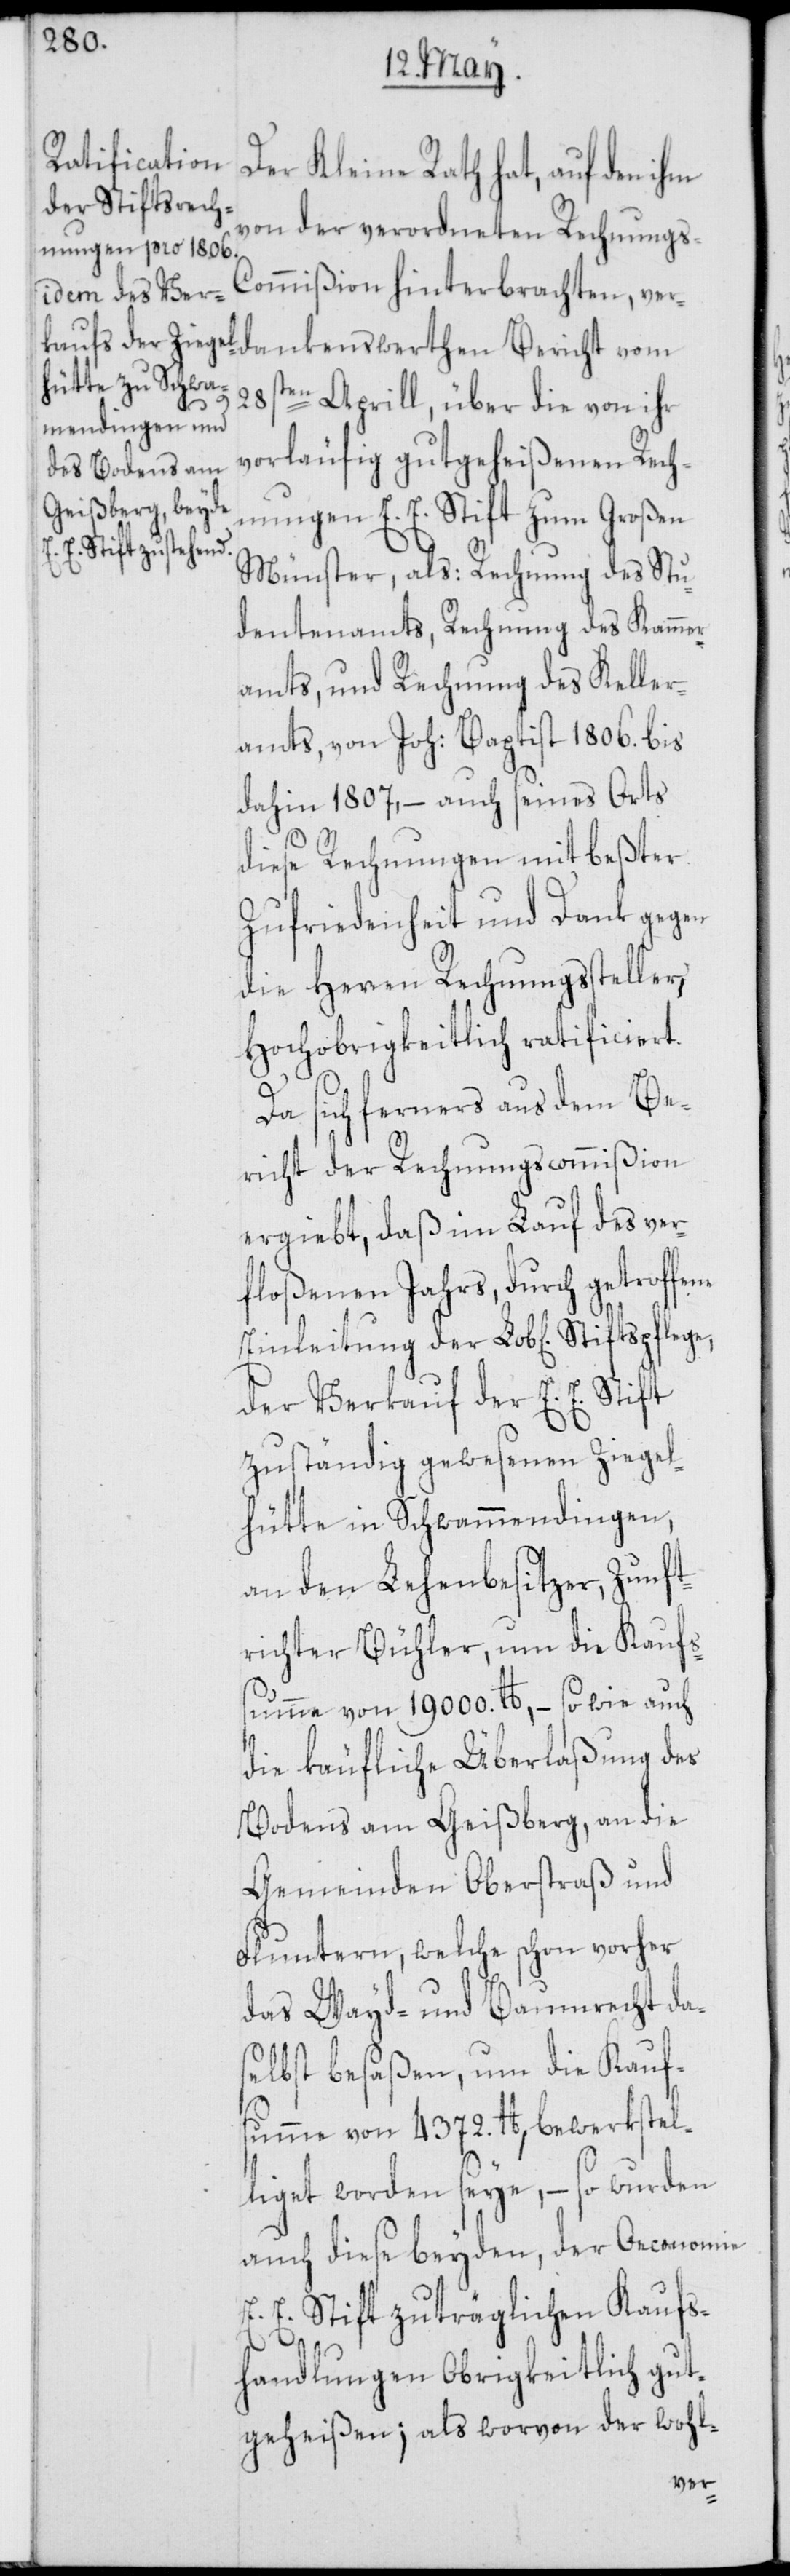
Der Kleine Rath hat, auf den ihm
von der verordneten Rechnungs-C¬
ommißion hinterbrachten,
28st¬
en Aprill, über die von ihr
vorläufig gutgeheißenen Rech¬
nungen E. E. Stift zum Großen
Münster, als: Rechnung des Stu¬
dentenamts, Rechnung des Kammer¬
amts, und Rechnung des Keller¬
amts, von Joh: Baptist 1806. bis
dahin 1807, – auch seines Orts
diese Rechnungen mit beßter
Zufriedenheit und Dank gegen
die Herren Rechnungssteller,
Hochobrigkeitlich ratificiert.
Da sich ferners aus dem Be¬
richt der Rechnungscommißion
ergiebt, daß im Lauf des ver¬
floßenen Jahrs, durch getroffene
der Verkauf der E. E. Stift
zuständig gewesenen Ziegel¬
hütte in Schwammendingen,
an den Lehenbesitzer, Zunft¬
richter Bühler, um die Kaufs¬
summe von 19 000. lb, – so wie auch
die käufliche Überlaßung des
Bodens am Geißberg, an die
Gemeinden Oberstraß und
Fluntern, welche schon vorher
das Wayd- und Baumrecht da¬
selbst besaßen, um die Kauf¬
summe von 4372. lb, bewerkstel¬
liget worden seye, – so wurden
auch diese beyden, der Oeconomie
E. E. Stift zuträglichen Kaufs¬
handlungen Obrigkeitlich gut¬
geheißen; als worvon der wohl-